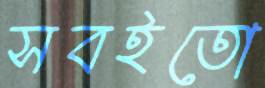
সবইতো